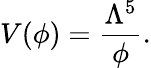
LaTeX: V(\phi)=\frac{\Lambda^{5}}{\phi}.